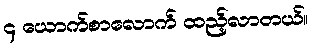
၄ ယောက်စာလောက် ထည့်လာတယ်။